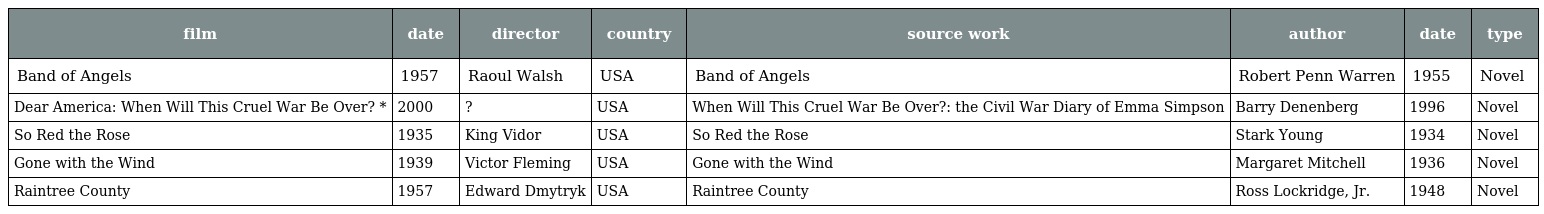
| film | date | director | country | source work | author | date | type |
 | --- | --- | --- | --- | --- | --- | --- | --- |
 | Band of Angels | 1957 | Raoul Walsh | USA | Band of Angels | Robert Penn Warren | 1955 | Novel |
 | Dear America: When Will This Cruel War Be Over? * | 2000 | ? | USA | When Will This Cruel War Be Over?: the Civil War Diary of Emma Simpson | Barry Denenberg | 1996 | Novel |
 | So Red the Rose | 1935 | King Vidor | USA | So Red the Rose | Stark Young | 1934 | Novel |
 | Gone with the Wind | 1939 | Victor Fleming | USA | Gone with the Wind | Margaret Mitchell | 1936 | Novel |
 | Raintree County | 1957 | Edward Dmytryk | USA | Raintree County | Ross Lockridge, Jr. | 1948 | Novel |